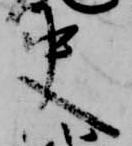
史